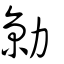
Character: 勍